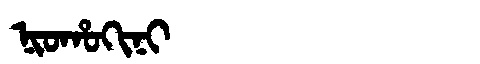
Manchu: ᠨᡳᠣᡥᠣᡴᡳᠨᡳ
Romanization: NIOHOKINI